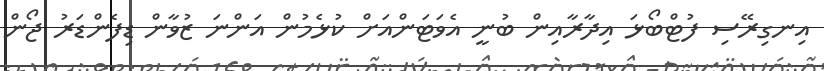
އިނގިރޭސި ފުޓްބޯޅަ އިދާރާއިން ބުނީ އެވަޓަންއަށް ކުޅެމުން އަންނަ ޒުވާން ޑިފެންޑަރު ޖޯން